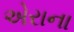
એરાના